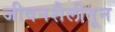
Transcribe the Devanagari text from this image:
जीवनशैलीतून